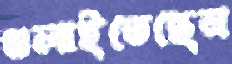
গুলাইতেছেন